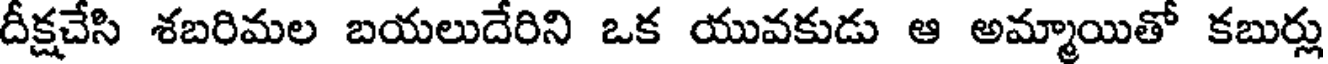
దీక్షచేసి శబరిమల బయలుదేరిని ఒక యువకుడు ఆ అమ్మాయితో కబుర్లు